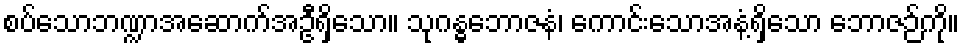
စပ်သောဘဏ္ဍာအဆောက်အဦရှိသော။ သုဂန္ဓဘောဇနံ၊ ကောင်းသောအနံ့ရှိသော ဘောဇဉ်ကို။